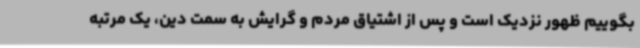
بگوییم ظهور نزدیک است و پس از اشتیاق مردم و گرایش به سمت دین، یک مرتبه